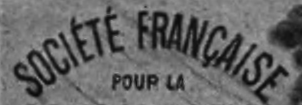
SOCIETE FRANCAISE